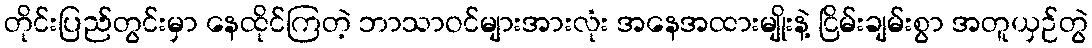
တိုင်းပြည်တွင်းမှာ နေထိုင်ကြတဲ့ ဘာသာဝင်များအားလုံး အနေအထားမျိုးနဲ့ ငြိမ်းချမ်းစွာ အတူယှဉ်တွဲ